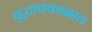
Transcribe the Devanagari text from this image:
वृद्धापकाळात